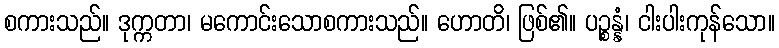
စကားသည်။ ဒုက္ကတာ၊ မကောင်းသောစကားသည်။ ဟောတိ၊ ဖြစ်၏။ ပဉ္စန္နံ၊ ငါးပါးကုန်သော။